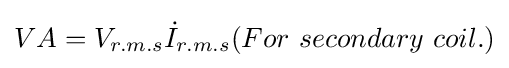
VA=V_{r.m.s}{\dot {I}}_{r.m.s}(For\ secondary\ coil.)